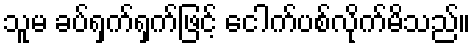
သူမ ခပ်ရှက်ရှက်ဖြင့် ငေါက်ပစ်လိုက်မိသည်။